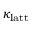
\kappa _ { \mathrm { l a t t } }